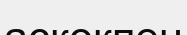
аскөкпен